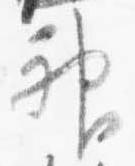
神